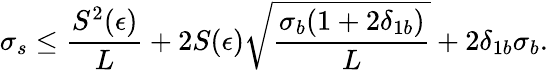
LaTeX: \sigma_{s}\le\displaystyle\frac{S^{2}(\epsilon)}{L}+2S(\epsilon)\displaystyle\sqrt{\frac{\sigma_{b}(1+2\delta_{1b})}{L}}+2\delta_{1b}\sigma_{b}.